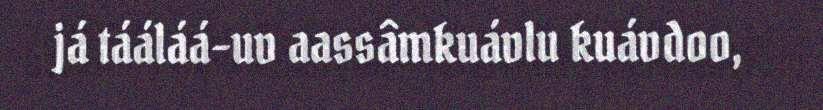
já tááláá-uv aassâmkuávlu kuávdoo,